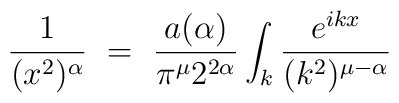
\frac{1}{(x^2)^\alpha} ~=~ \frac{a(\alpha)}{\pi^\mu 2^{2\alpha}}\int_k \frac{e^{ikx}}{(k^2)^{\mu-\alpha}}